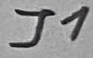
Text: J1